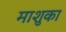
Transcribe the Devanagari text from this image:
माशुका